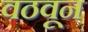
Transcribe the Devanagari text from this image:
वठवून